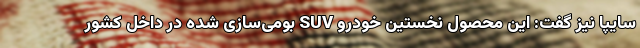
سایپا نیز گفت: این محصول نخستین خودرو SUV بومی‌سازی شده در داخل کشور